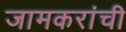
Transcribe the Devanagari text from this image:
जामकरांची